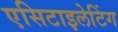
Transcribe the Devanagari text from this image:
एसिटाइलेटिंग